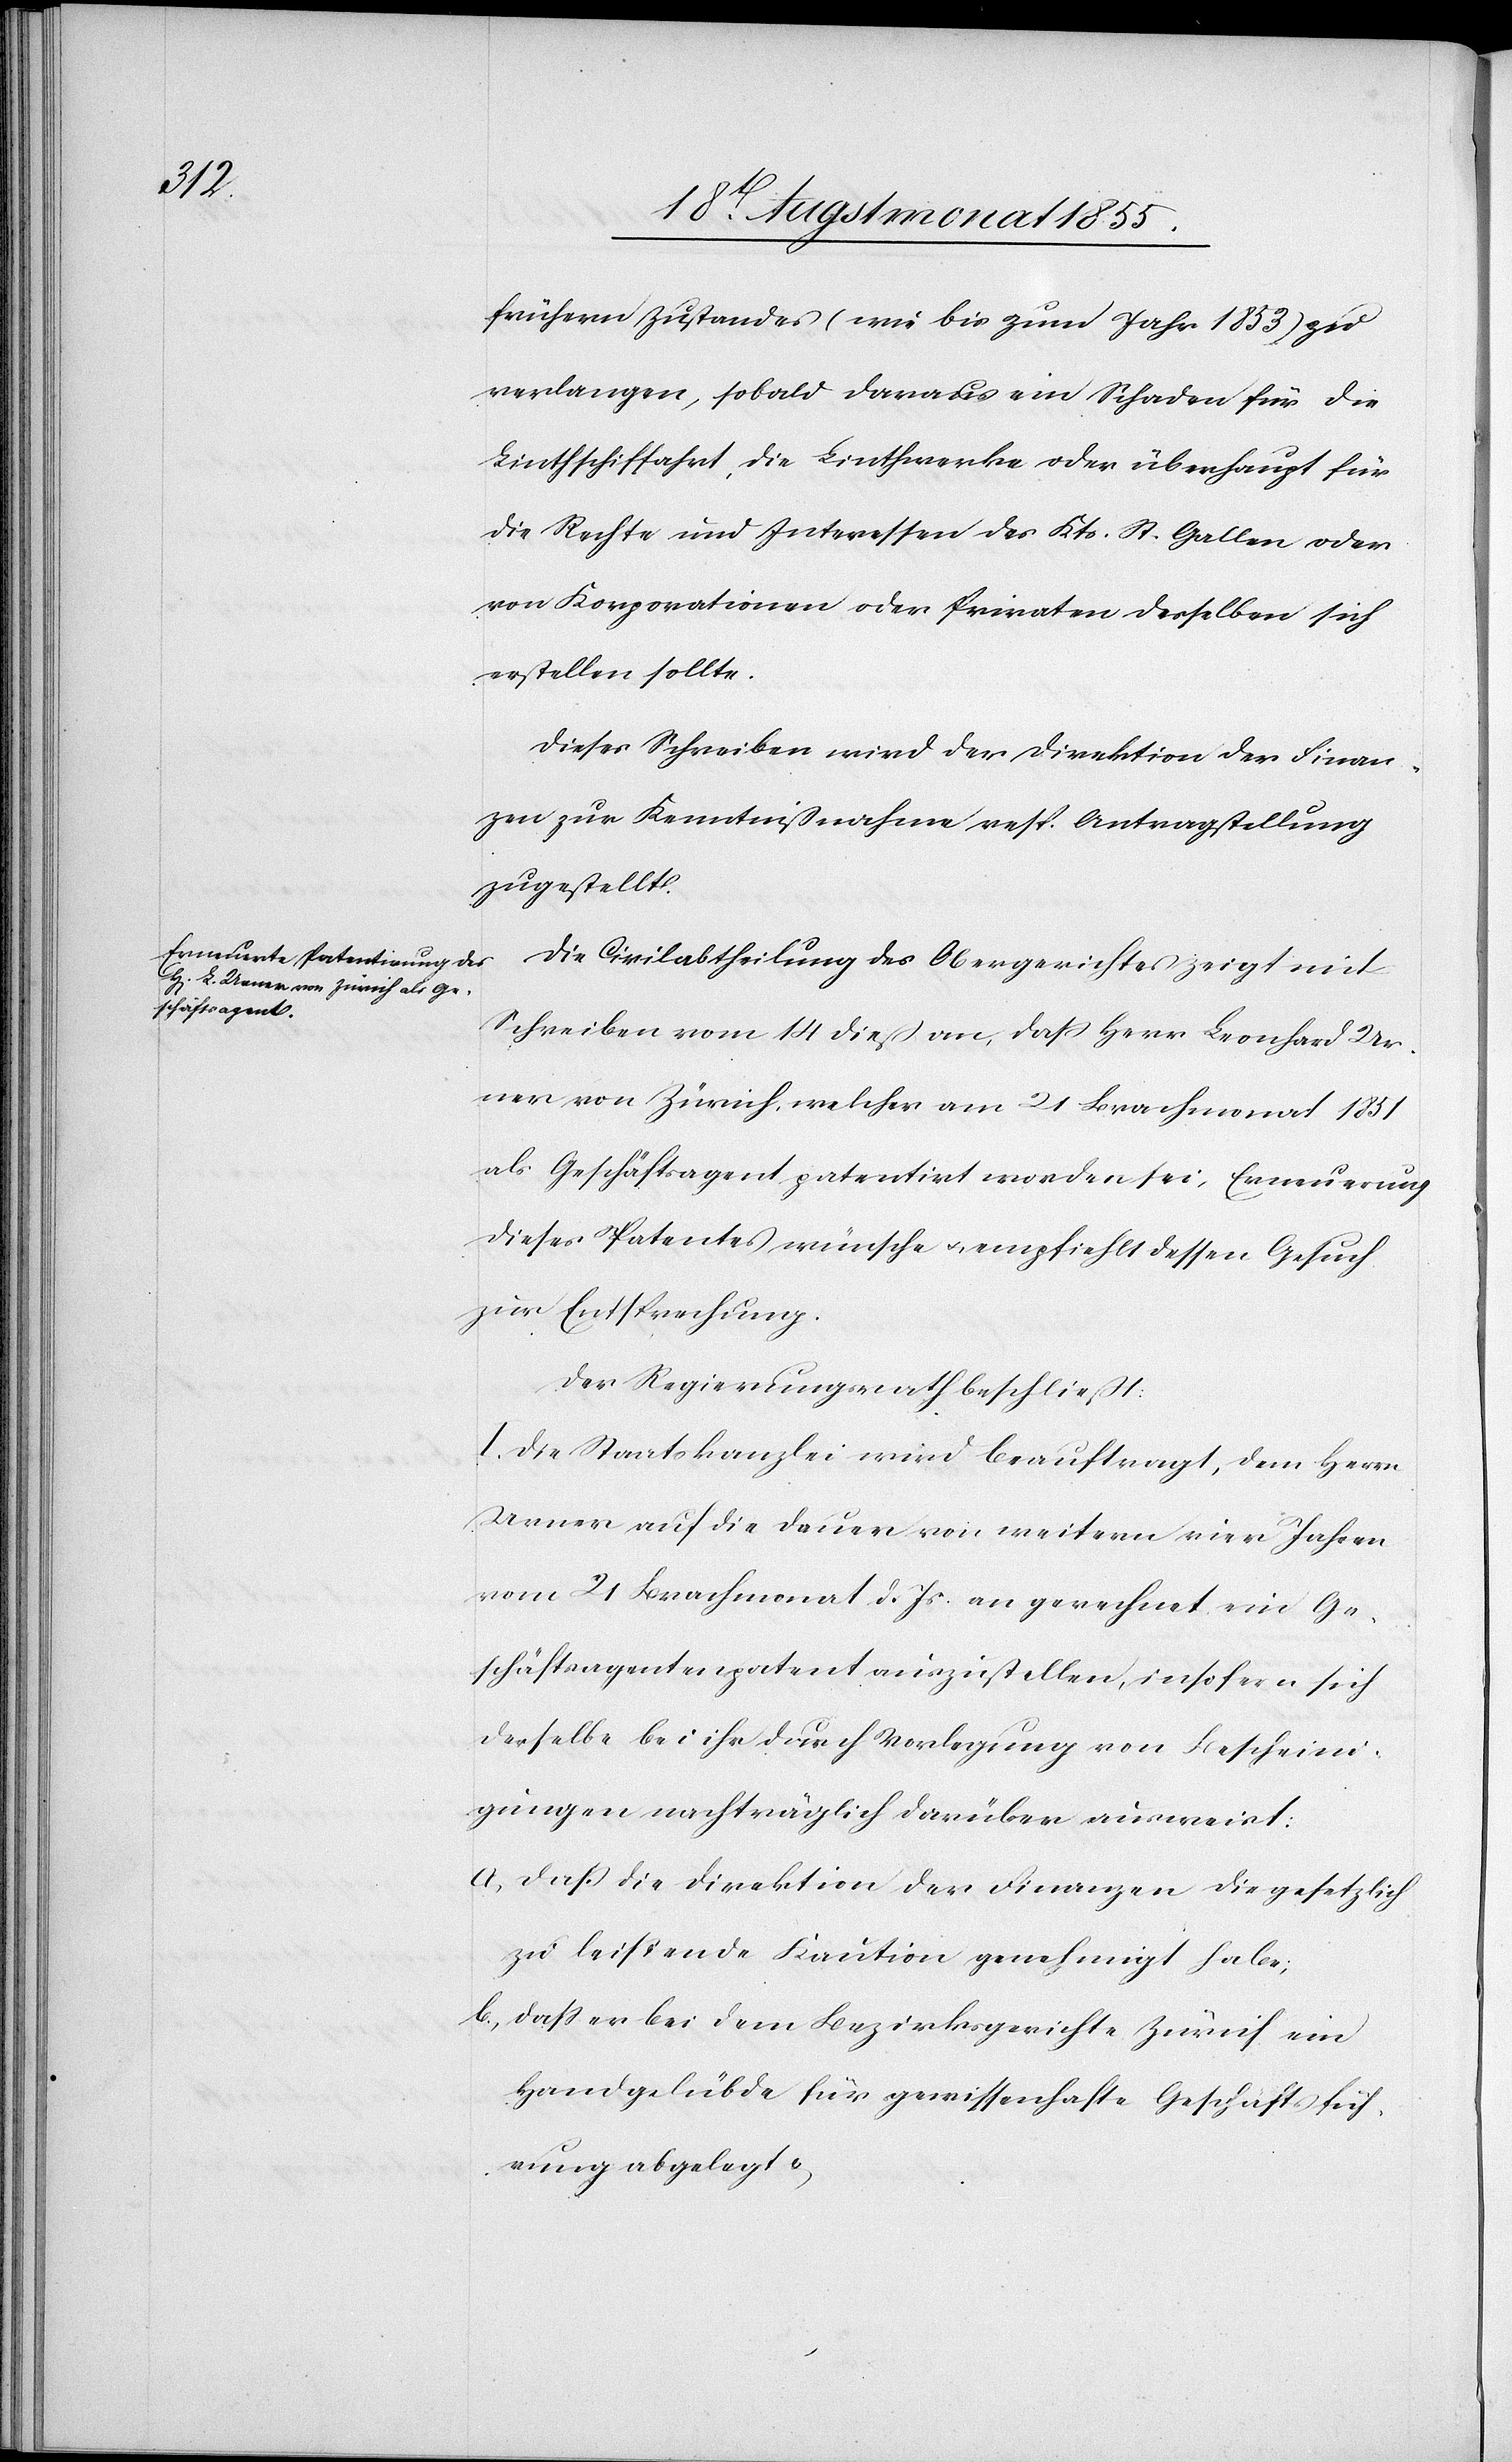
frühern Zustandes (wie bis zum Jahr 1853) zu
verlangen, sobald daraus ein Schaden für die
Linthschiffahrt, die Linthwerke oder überhaupt für
die Rechte und Interessen des Kts. St. Gallen oder
von Korporationen oder Privaten desselben sich
erstellen sollte.
Dieses Schreiben wird der Direktion der Finan¬
zen zur Kenntnißnahme resp. Antragstellung
zugestellt.
Die Civilabtheilung des Obergerichtes zeigt mit
Schreiben vom 14 dieß an, dass Herr Leonhard Ur¬
ner von Zürich, welcher am 21 Brachmonat 1851
als Geschäftsagent patentirt worden sei, Erneuerung
dieses Patentes wünsche & empfiehlt dessen Gesuch
zur Entsprechung.
Der Regierungsrath beschließt:
I. Die Staatskanzlei wird beauftragt, dem Herrn
Urner auf die Dauer von weitern vier Jahren
vom 21 Brachmonat d. Js. an gerechnet ein Ge¬
schäftsagentenpatent auszustellen, insofern sich
derselbe bei ihr durch Vorlegung von Bescheini¬
gungen nachträglich darüber ausweist:
daß die Direktion der Finanzen die gesetzlich
zu leistende Kaution genehmigt habe;
dass er bei dem Bezirksgerichte Zürich ein
Handgelübde für gewissenhafte Geschäftsfüh¬
rung abgelegt &